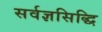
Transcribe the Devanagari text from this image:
सर्वज्ञसिद्धि